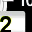
Digit: 2